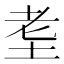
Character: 𱖠